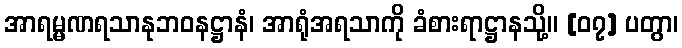
အာရမ္မဏရသာနုဘဝနဋ္ဌာနံ၊ အာရုံအရသာကို ခံစားရာဋ္ဌာနသို့။ [၀၇] ပတွာ၊